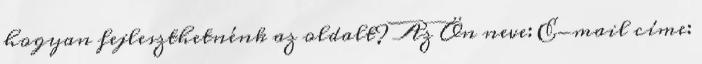
hogyan fejleszthetnénk az oldalt? Az Ön neve: E-mail címe: